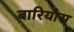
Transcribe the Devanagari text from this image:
बारियोस